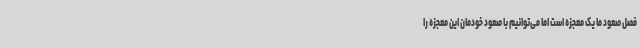
فصل صعود ما یک معجزه است اما می‌توانیم با صعود خودمان این معجزه را